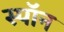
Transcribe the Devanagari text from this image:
स्पॉन